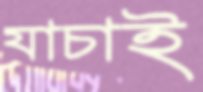
যাচাই